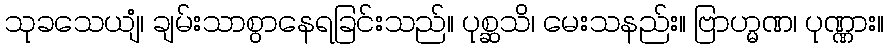
သုခသေယျံ၊ ချမ်းသာစွာနေရခြင်းသည်။ ပုစ္ဆသိ၊ မေးသနည်း။ ဗြာဟ္မဏ၊ ပုဏ္ဏား။